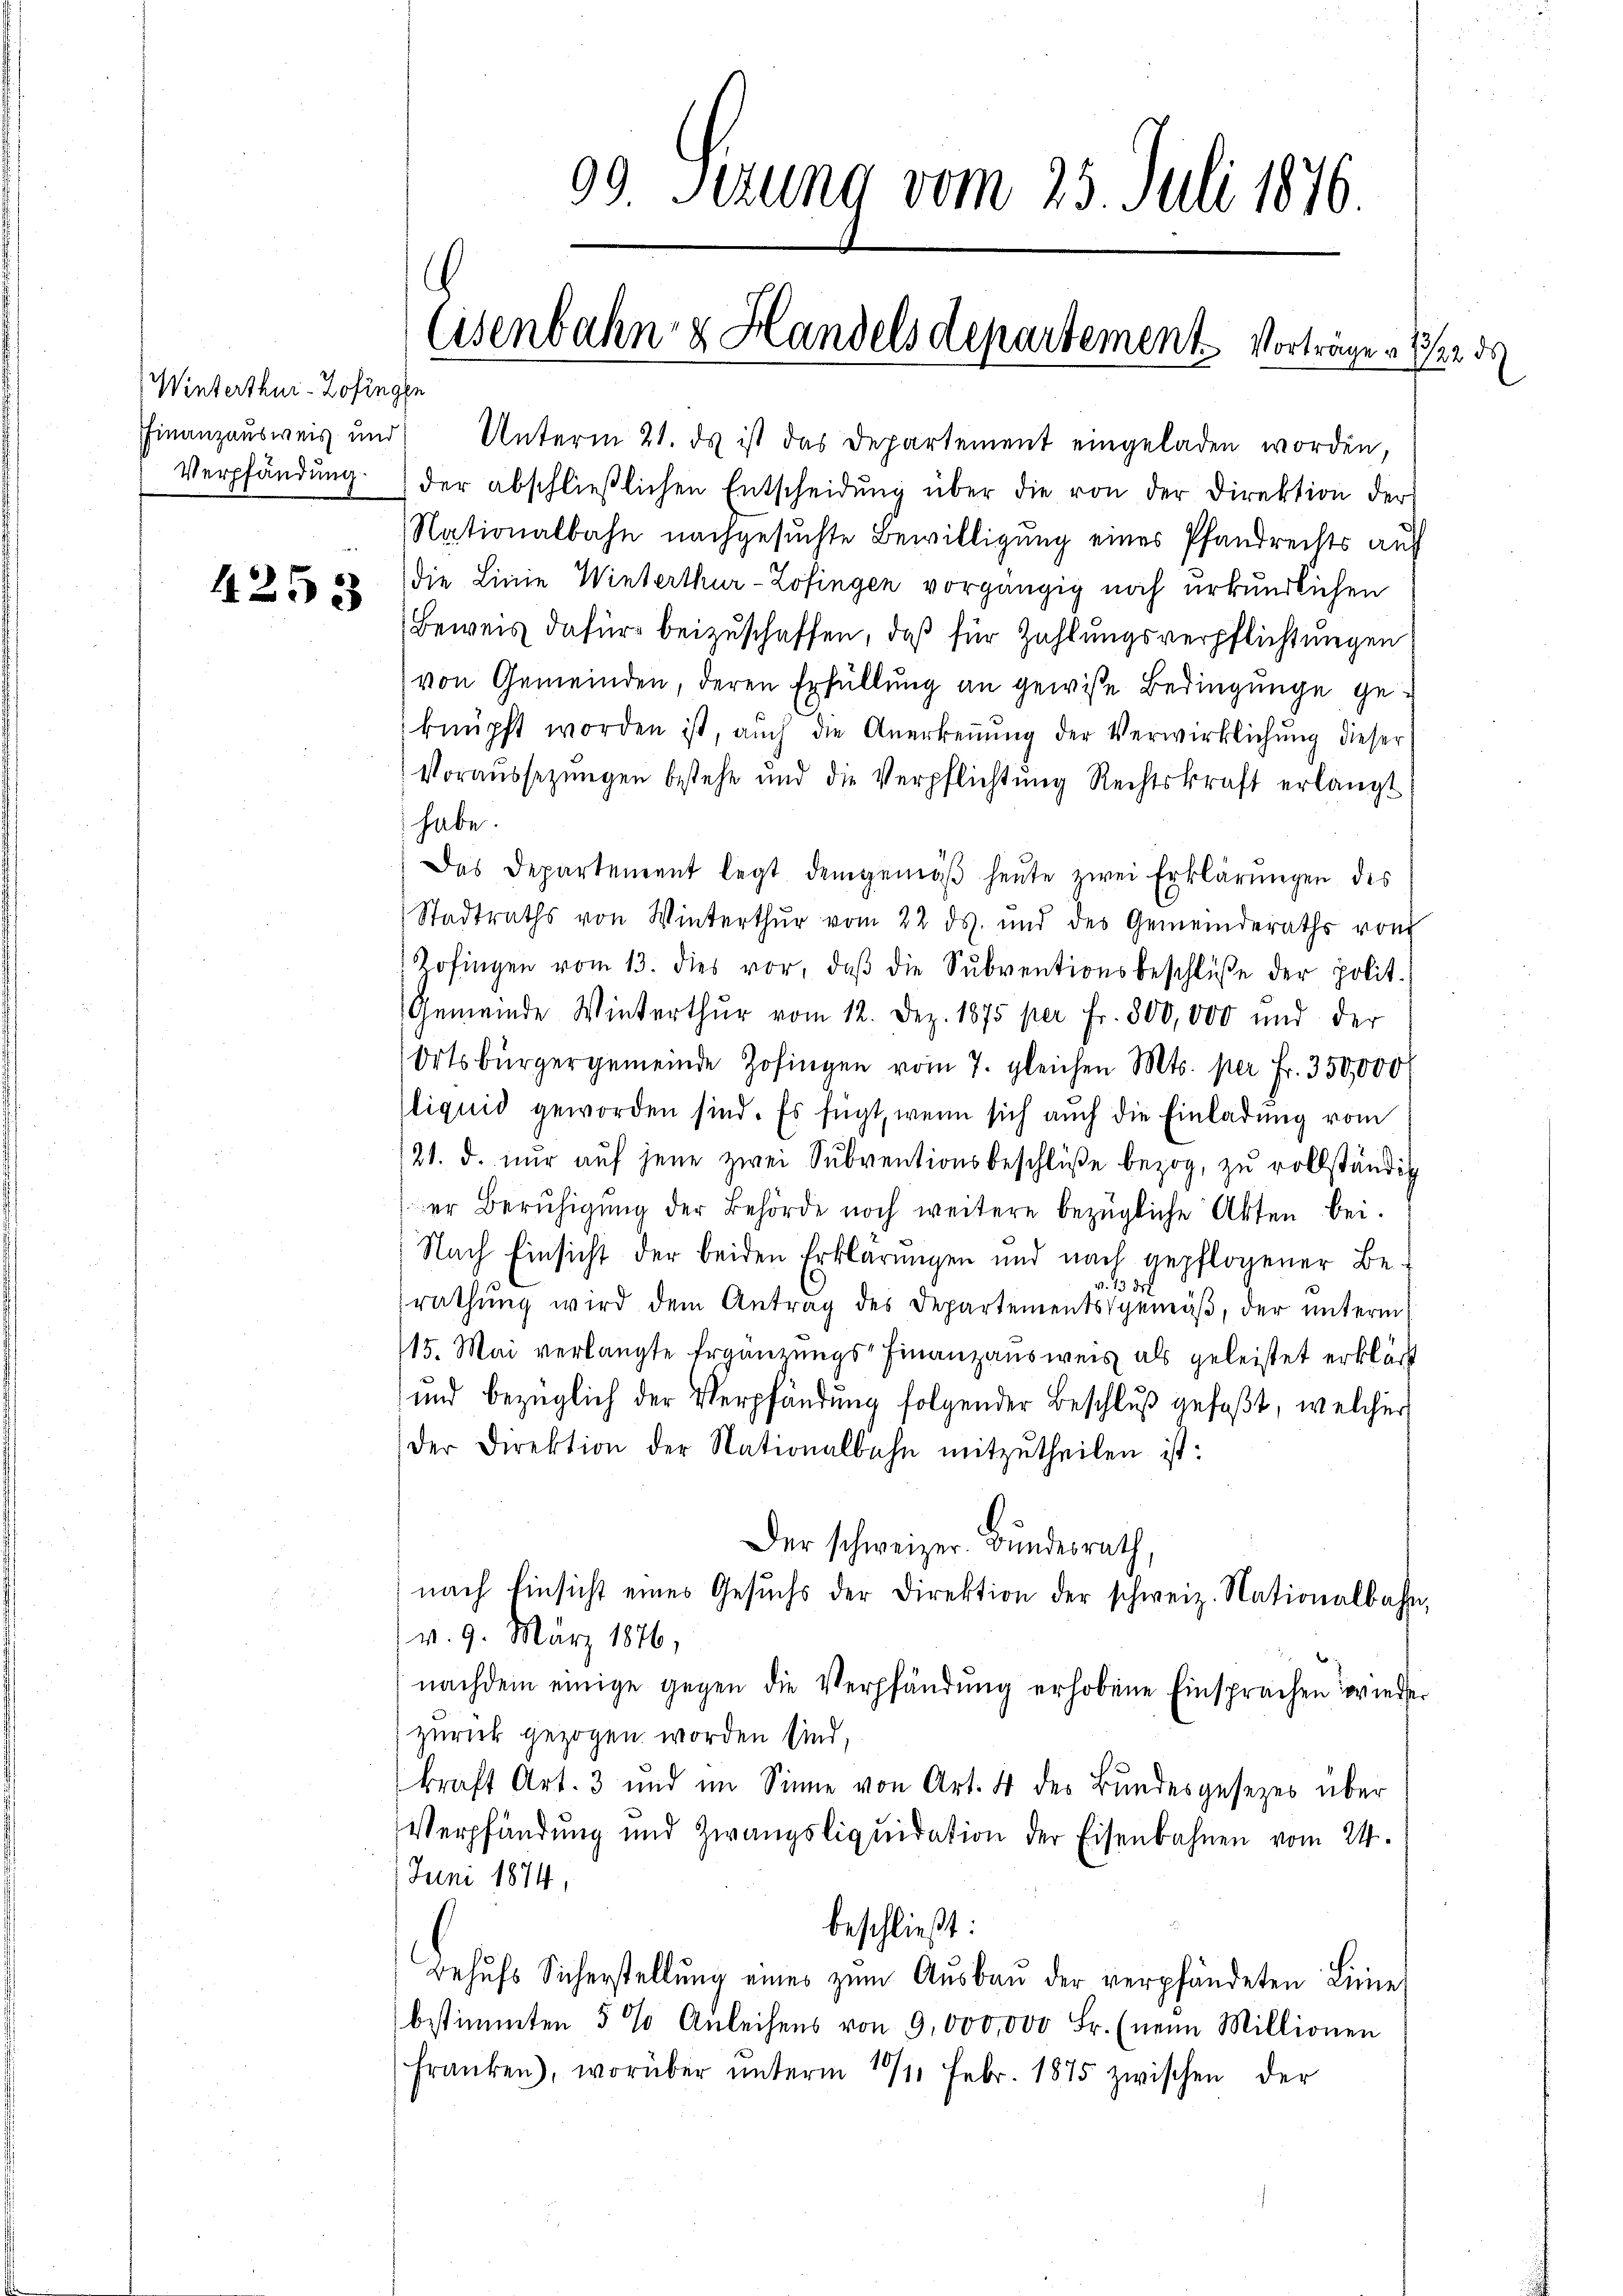
Winterthur-Zofingen
Verpfändung

4253

99. Sezung vom 25. Juli 1876.

.
Eisenbahn & Handels departement. Vorträgen 122 d

Finanzaŭsweis und Unterm 21. ds ist das Departement eingeladen worden,
der abschlieβlichen Entscheidŭng über die von der Direktion der
Nationalbahn nachgesuchte Bewilligung eines Pfandrechts auf
die Linie Winterthur-Zofingen vorgängig noch urkundlichen
Beweis dafür beizuschaffen, daß für Zahlungsverpflichtungen
von Gemeinden, deren Erfüllung an gewisse Bedingunge geknüpft worden ist, aŭch die Anerkeṅŭng der Verwirklichŭng dieser
Voraussetzŭngen bestehe und die Verpflichtŭng Rechtskraft erlängt
habe.
Das Departement legt demgemäβ heŭte zwei Erklärŭngen des
Stadtraths von Winterthur vom 22. ds. und des Gemeinderaths vom
Zofingen vom 13. dies vor, daβ die Sŭbventionsbeschlüße der polit.
Gemeinde Winterthur vom 12. Dez. 1875 per Fr. 800,000 und der
Ortsbürgergemeinde Zofingen vom 7. gleichen Mts. per Fr. 350,000
liquid geworden sind. Es fügt, wenn sich auch die Einladŭng vom
121. d. nŭr aŭf jene zwei Subventionsbeschlüβe bezog, zu vollständig
er Berŭhigŭng der Behörde noch weitere bezügliche Akten bei.
Nach Einsicht der beiden Erklärungen und nach gepflogener Be-
v. 13 de
rathung wird dem Antrag des Departementsgemäß, der unterm
115. Mai verlangte Ergänzungs-Finanzausweis als geleistet erklärt
und bezüglich der Verpfändung folgender Beschlŭβ gefaßt, welcher
der Direktion der Nationalbahn mitzutheilen ist:
Der schweizer. Bundesrath,
nach Einsicht eines Gesŭchs der Direktion der schweiz. Nationalbahn,
v. 9. März 1876,
nachdem einige gegen die Verpfändŭng erhobene Einsprachen wieder
zurück gezogen worden sind,
kraft Art. 3 und im Sinne von Art. 4 der Bŭndesgesezes über
Verpfändung und Zwangsliquidation der Eisenbahnen vom 24.
Juni 1874.
beschließt:
Behŭfs Sicherstellŭng eines zŭm Aŭsbaŭ der verpfändeten Linie,
bestimmten 5 % Anleihens von 9,000,000 Fr. (neun Millionen
Franken), worüber ŭnterm 141. Febr. 1875 zwischen der